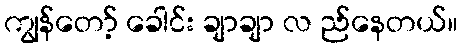
ကျွန်တော့် ခေါင်း ချာချာ လ ည်နေတယ်။